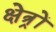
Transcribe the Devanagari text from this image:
क्षेत्र्रों